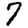
Digit: 7